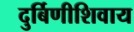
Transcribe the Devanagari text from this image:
दुर्बिणीशिवाय